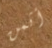
أثمن